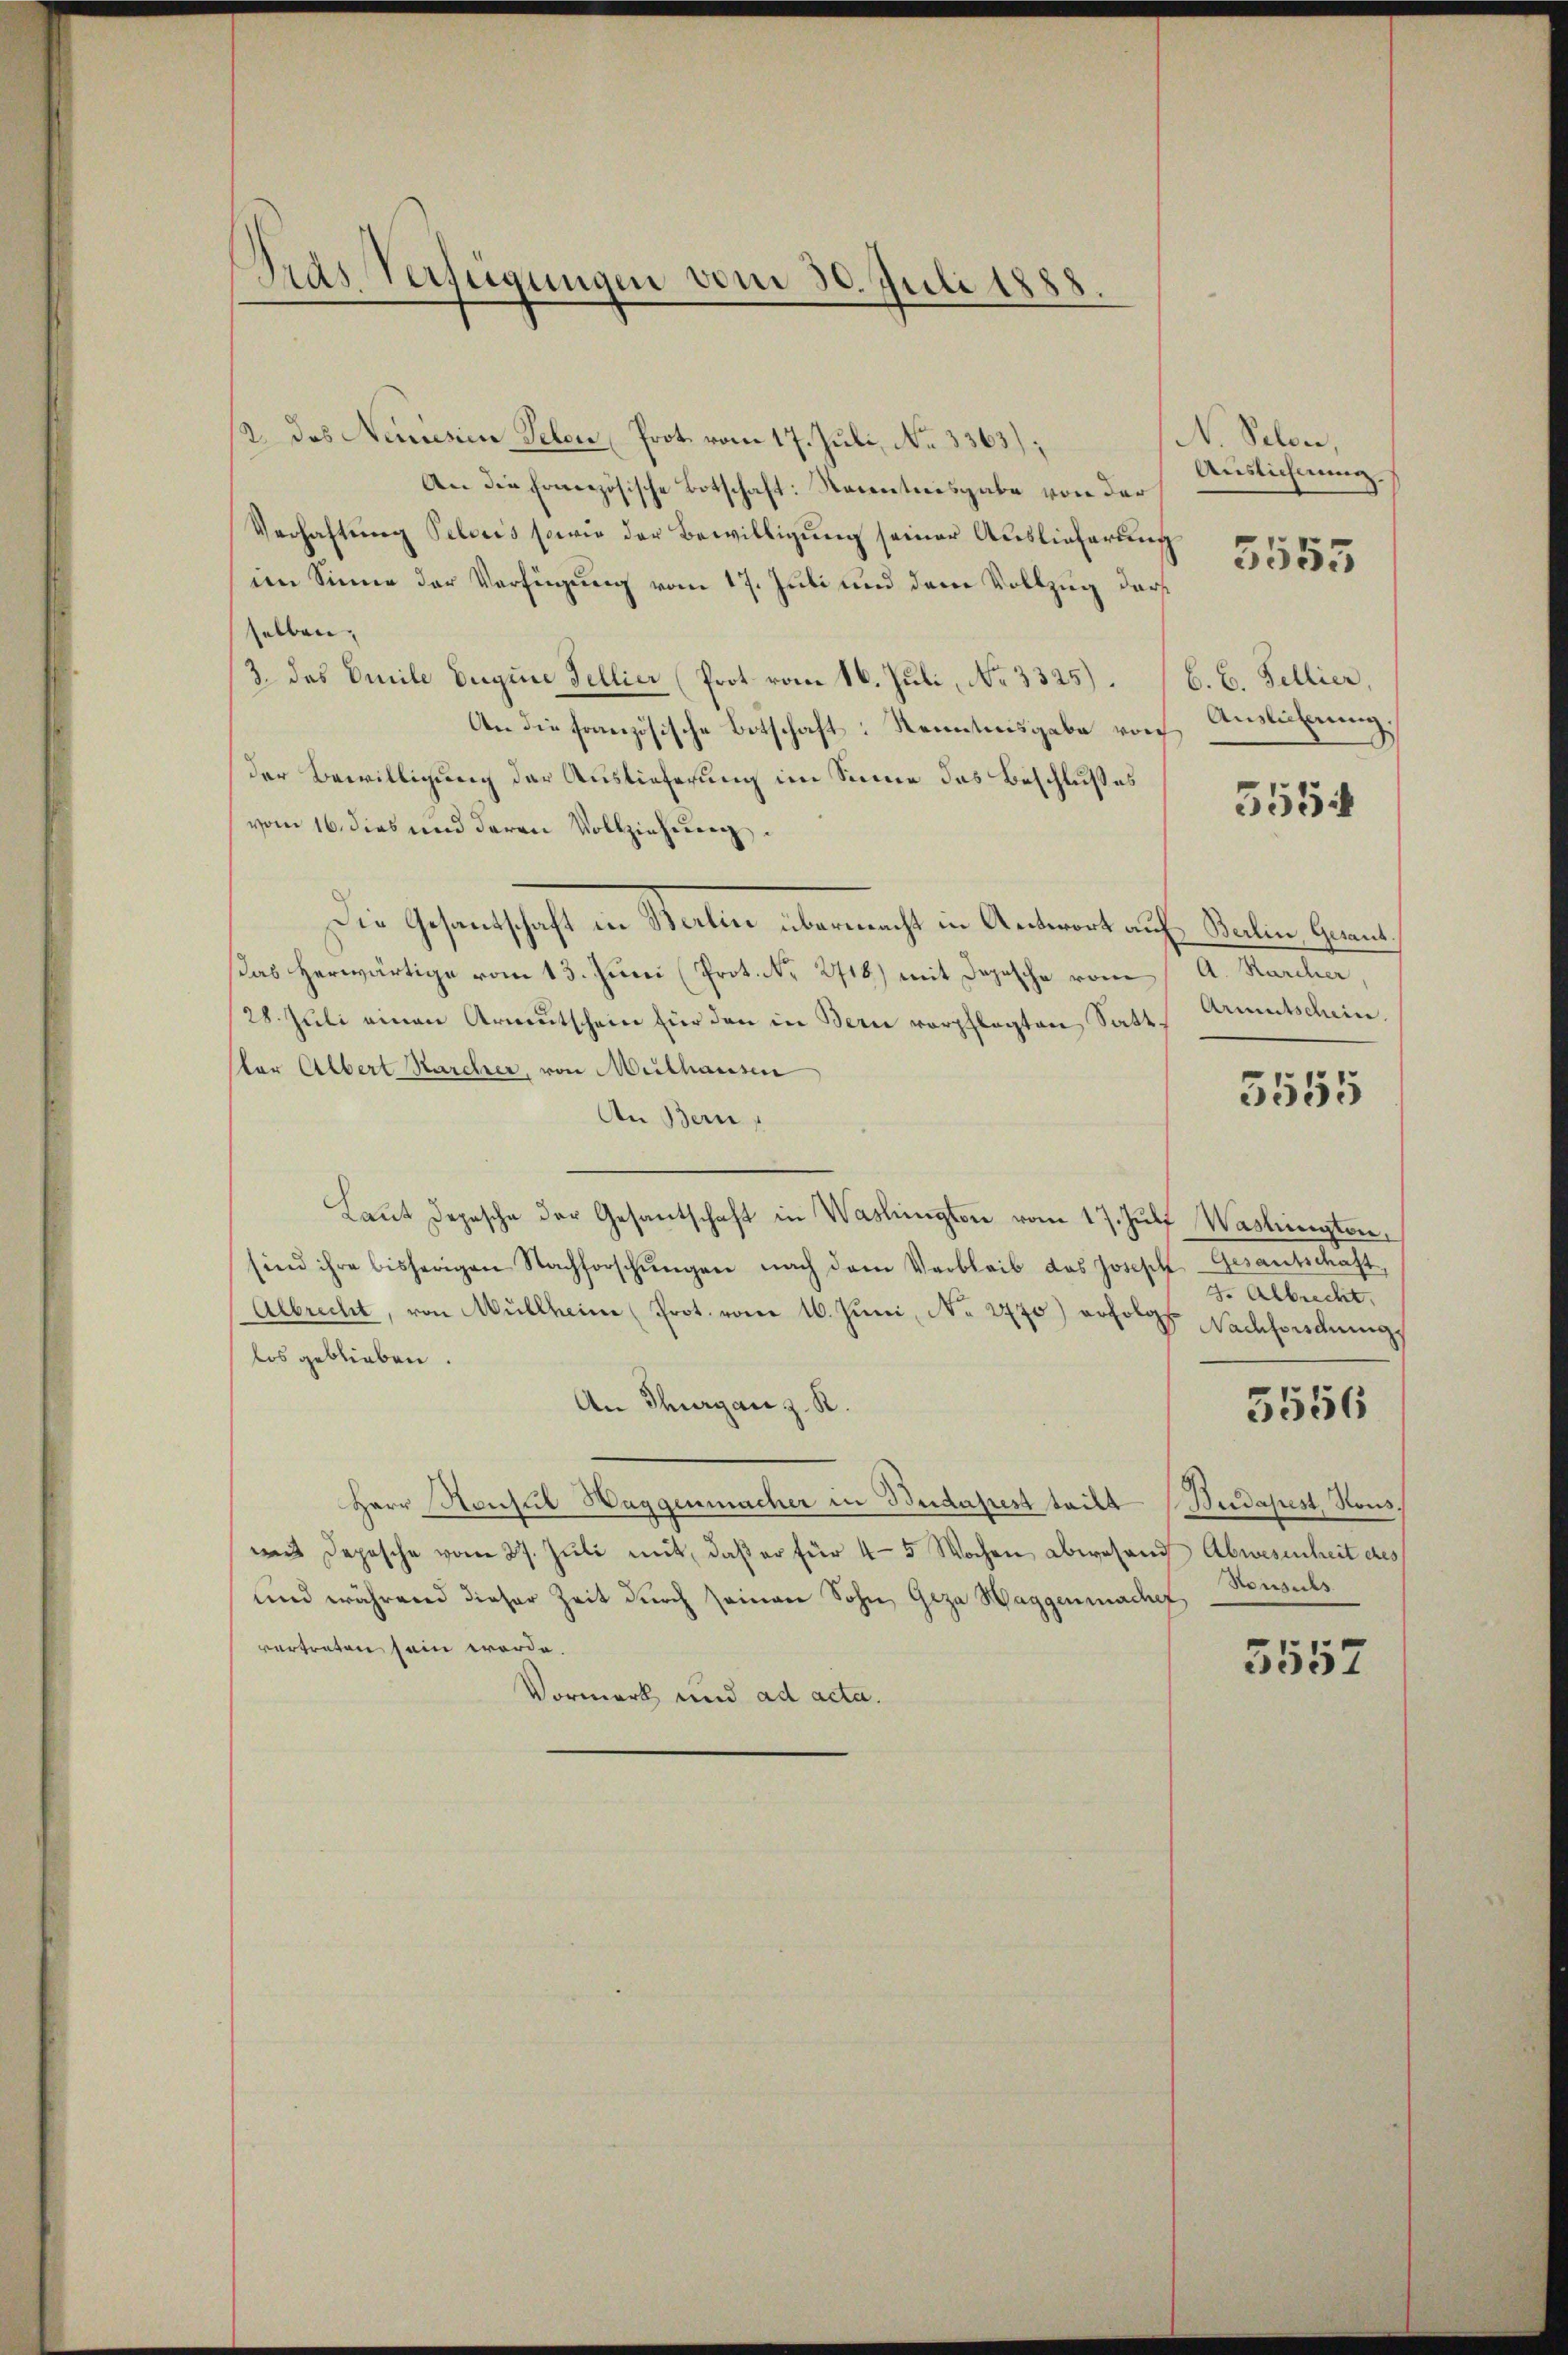
2. das Neusen Telen Prot. vom 17. Juli, No 3363);
An die Französische Botschaft: Namentnisgabe von der
Verhaftung Pelweis sowie der Bewilligung seiner Auslieferung
im Sinne der Verfügung vom 17. Juli und dem Vollzug darf
selben,
3. das Omile Euquie Fellier (Prot. vom 16. Juli, No 3325).
An die französische Botschaft: Kenntnisgabe von
der Bewilligung der Auslieferung im Sinne das Beschlußes
vom 16. dies und deren Vollziehung

Die Gesandschaft in Berlin übermacht in Antwort auf Balin Gementsas herwärtige vom 13. Juni (Prot. No. 2716) mit Depesche vom
28. Jŭli einen Armutschein für den in Bern verpflegten Satt.
stor Albert Marcher, von Mülhausen
An Bern,
Laŭt Depesche der Gesantschaft in Waslingten vom 17. Jŭli Washington,
sind ihre bisherigen Nachforschŭngen nach dem Verbleib das Joseph Gesantschaft,
Albrecht, von Müllheim (Prot. vom 16. Juni, No. 2770) erfolgs Nachfordungs
los geblieben.
An Thurgau z. R.
Herr Konsul Haggenmacher in Budapest teilt Budapest, Rous
wis Depesche vom 27. Jŭli mit, daβ er für 4-5 Wochen abwesend Abwesenheit des
und während dieser Zeit durch seinen Sohn Geza Haggenmaches
vertreten sein werde.
Vormerk und ad acta.

Gras Verfügungen vom 30. Juli 1888.

N. Peten,
Auslichnung
3555

C. C. Fellier,
Auslichung.

5554

A. Karcher,
Armutschein.

5555

3. Albrecht.
Konsuls.

5556

5557